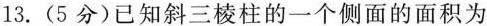
13.(5分)已知斜三棱柱的一个侧面的面积为